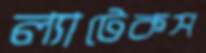
ল্যাটেকস